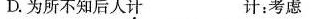
D.为所不知后人计 计：考虑